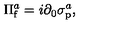
\Pi _ { \mathrm { f } } ^ { a } = i \partial _ { 0 } \sigma _ { \mathrm { p } } ^ { a } ,